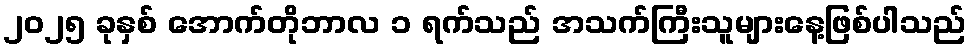
၂၀၂၅ ခုနှစ် အောက်တိုဘာလ ၁ ရက်သည် အသက်ကြီးသူများနေ့ဖြစ်ပါသည်